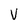
Character: V